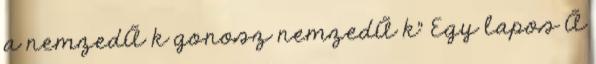
a nemzedÃ k gonosz nemzedÃ k" Egy lapos Ã